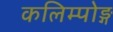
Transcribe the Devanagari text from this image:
कलिम्पोङ्ग